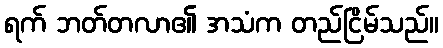
ရက် ဘတ်တလာ၏ အသံက တည်ငြိမ်သည်။